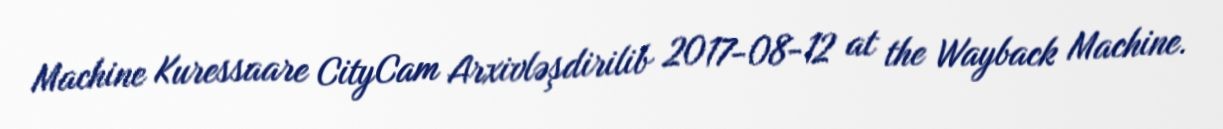
Machine Kuressaare CityCam Arxivləşdirilib 2017-08-12 at the Wayback Machine.